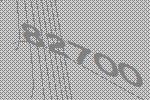
82700